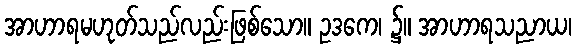
အာဟာရမဟုတ်သည်လည်းဖြစ်သော။ ဥဒကေ၊ ၌။ အာဟာရသညာယ၊